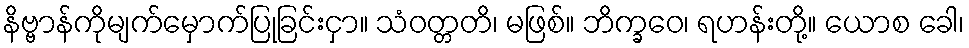
နိဗ္ဗာန်ကိုမျက်မှောက်ပြုခြင်းငှာ။ သံဝတ္တတိ၊ မဖြစ်။ ဘိက္ခဝေ၊ ရဟန်းတို့။ ယောစ ခေါ၊